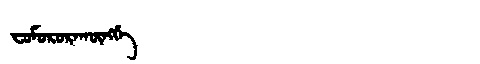
Manchu: ᠸᠣᠮᠣᡵᠣᡵᠠᡴᡡᠩᡤᡝ
Romanization: FOMORORAKŪNGGE